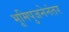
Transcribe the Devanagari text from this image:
भूमिपुजनेनंतर